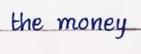
the money